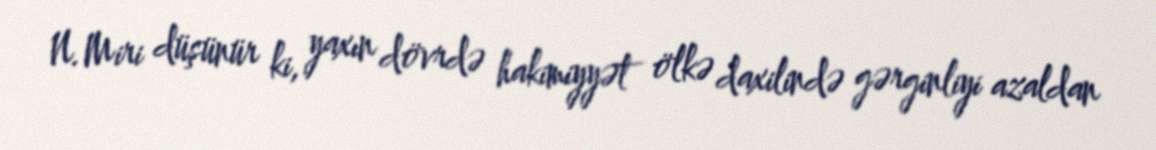
N.Miri düşünür ki, yaxın dövrdə hakimiyyət ölkə daxilində gərginliyi azaldan